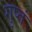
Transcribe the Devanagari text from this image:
गुप्तं